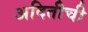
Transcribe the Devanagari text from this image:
अदितीची